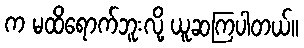
က မထိရောက်ဘူးလို့ ယူဆကြပါတယ်။